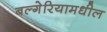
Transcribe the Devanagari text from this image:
बल्गेरियामधील